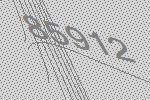
85912